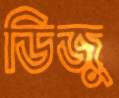
ডিজু